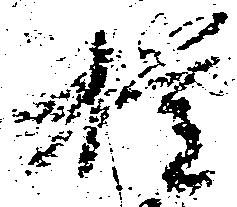
権